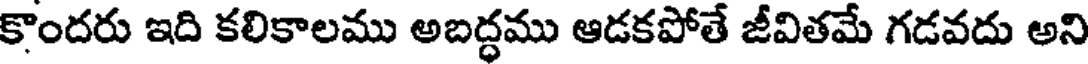
కొందరు ఇది కలికాలము అబద్ధము ఆడకపోతే జీవితమే గడవదు అని